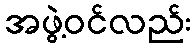
အဖွဲ့ဝင်လည်း